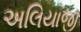
અલિયાજી